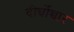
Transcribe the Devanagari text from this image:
दीर्घोच्चार